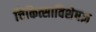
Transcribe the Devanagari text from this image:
चिकित्साविशेषज्ञ